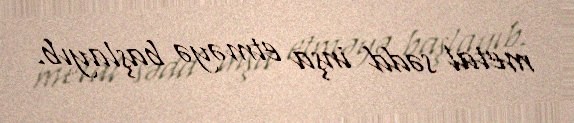
metal sədd inşa etməyə başlayıb.